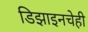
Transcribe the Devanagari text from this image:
डिझाइनचेही